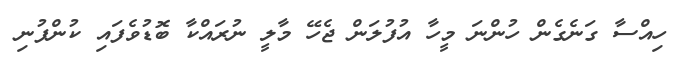
ހިއްސާ ގަނެގެން ހުންނަ މީހާ އުފުލަން ޖެހޭ މާލީ ނުރައްކާ ބޮޑުވެފައި ކުންފުނި